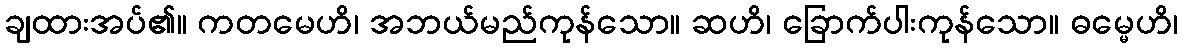
ချထားအပ်၏။ ကတမေဟိ၊ အဘယ်မည်ကုန်သော။ ဆဟိ၊ ခြောက်ပါးကုန်သော။ ဓမ္မေဟိ၊